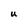
Character: U